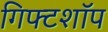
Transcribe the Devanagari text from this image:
गिफ्टशॉप